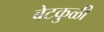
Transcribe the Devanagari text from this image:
बेटकुळी